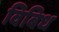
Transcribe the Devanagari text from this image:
विबिध